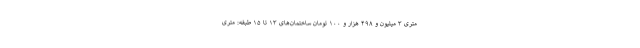
متری ۳ میلیون و ۴۹۸ هزار و ۱۰۰ تومان ساختمان‌های ۱۳ تا ۱۵ طبقه: متری